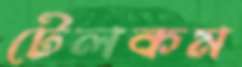
টেলকম